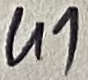
Text: U1